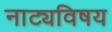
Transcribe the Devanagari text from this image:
नाट्यविषय